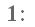
1：